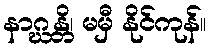
နာဂ္ဃန္တိ၊ မမှီ နိုင်ကုန်။